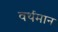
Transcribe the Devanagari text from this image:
वर्थमान